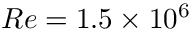
R e = 1 . 5 \times 1 0 ^ { 6 }